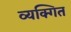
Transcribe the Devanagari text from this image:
व्यक्गित